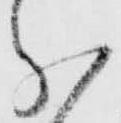
分